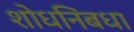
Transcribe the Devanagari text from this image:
शोधनिंबधा